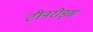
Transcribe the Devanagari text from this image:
टीनरोड्स